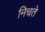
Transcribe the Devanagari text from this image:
निचते